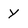
Character: Y